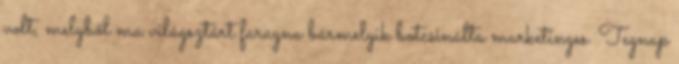
volt, melyből ma világsztárt faragna bármelyik botcsinálta marketinges. Tegnap